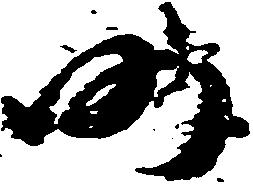
仍